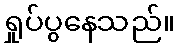
ရှုပ်ပွနေသည်။